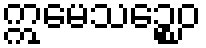
ဣမေသဉ္စေဝ